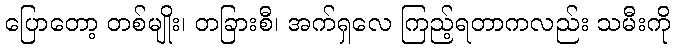
ပြောတော့ တစ်မျိုး၊ တခြားစီ၊ အက်ရှလေ ကြည့်ရတာကလည်း သမီးကို